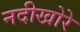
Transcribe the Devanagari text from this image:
नदीखोरे